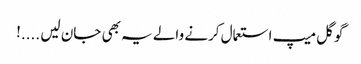
گوگل میپ استعمال کرنے والے یہ بھی جان لیں ....!